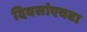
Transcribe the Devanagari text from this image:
दिवसांएवढा